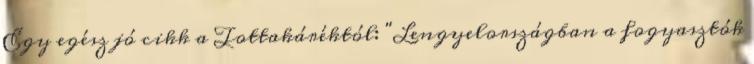
Egy egész jó cikk a Tottakáréktól: "Lengyelországban a fogyasztók